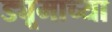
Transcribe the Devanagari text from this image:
ड्यूमाच्या